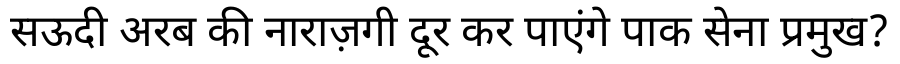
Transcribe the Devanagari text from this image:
सऊदी अरब की नाराज़गी दूर कर पाएंगे पाक सेना प्रमुख?